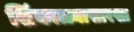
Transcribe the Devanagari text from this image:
शिंकाळ्यासारखा